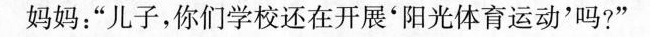
妈妈：”儿子，你们学校还在开展'阳光体育运动'吗?”